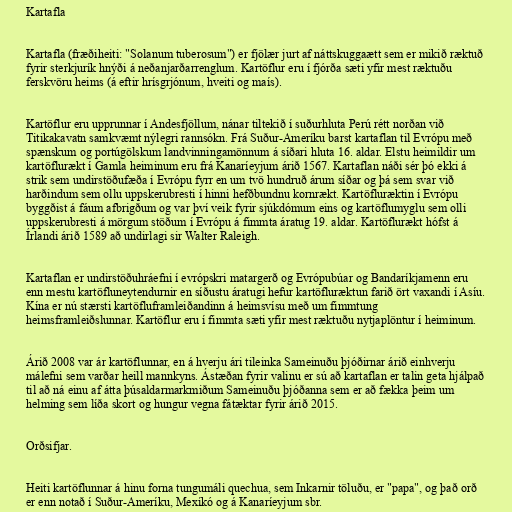
Kartafla

Kartafla (fræðiheiti: "Solanum tuberosum") er fjölær jurt af náttskuggaætt sem er mikið ræktuð
fyrir sterkjurík hnýði á neðanjarðarrenglum. Kartöflur eru í fjórða sæti yfir mest ræktuðu
ferskvöru heims (á eftir hrísgrjónum, hveiti og maís).

Kartöflur eru upprunnar í Andesfjöllum, nánar tiltekið í suðurhluta Perú rétt norðan við
Titikakavatn samkvæmt nýlegri rannsókn. Frá Suður-Ameríku barst kartaflan til Evrópu með
spænskum og portúgölskum landvinningamönnum á síðari hluta 16. aldar. Elstu heimildir um
kartöflurækt í Gamla heiminum eru frá Kanaríeyjum árið 1567. Kartaflan náði sér þó ekki á
strik sem undirstöðufæða í Evrópu fyrr en um tvö hundruð árum síðar og þá sem svar við
harðindum sem ollu uppskerubresti í hinni hefðbundnu kornrækt. Kartöfluræktin í Evrópu
byggðist á fáum afbrigðum og var því veik fyrir sjúkdómum eins og kartöflumyglu sem olli
uppskerubresti á mörgum stöðum í Evrópu á fimmta áratug 19. aldar. Kartöflurækt hófst á
Írlandi árið 1589 að undirlagi sir Walter Raleigh.

Kartaflan er undirstöðuhráefni í evrópskri matargerð og Evrópubúar og Bandaríkjamenn eru
enn mestu kartöfluneytendurnir en síðustu áratugi hefur kartöfluræktun farið ört vaxandi í Asíu.
Kína er nú stærsti kartöfluframleiðandinn á heimsvísu með um fimmtung
heimsframleiðslunnar. Kartöflur eru í fimmta sæti yfir mest ræktuðu nytjaplöntur í heiminum.

Árið 2008 var ár kartöflunnar, en á hverju ári tileinka Sameinuðu þjóðirnar árið einhverju
málefni sem varðar heill mannkyns. Ástæðan fyrir valinu er sú að kartaflan er talin geta hjálpað
til að ná einu af átta þúsaldarmarkmiðum Sameinuðu þjóðanna sem er að fækka þeim um
helming sem líða skort og hungur vegna fátæktar fyrir árið 2015.

Orðsifjar.

Heiti kartöflunnar á hinu forna tungumáli quechua, sem Inkarnir töluðu, er "papa", og það orð
er enn notað í Suður-Ameríku, Mexíkó og á Kanaríeyjum sbr.